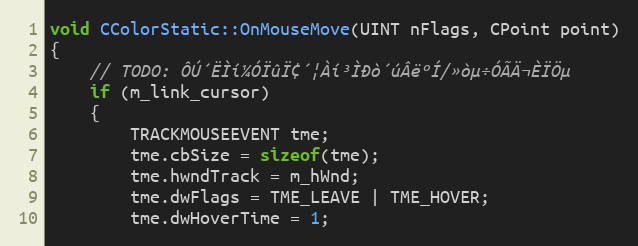
Language: C++
void CColorStatic::OnMouseMove(UINT nFlags, CPoint point)
{
	// TODO: ÔÚ´ËÌí¼ÓÏûÏ¢´¦Àí³ÌÐò´úÂëºÍ/»òµ÷ÓÃÄ¬ÈÏÖµ
	if (m_link_cursor)
	{
		TRACKMOUSEEVENT tme;
		tme.cbSize = sizeof(tme);
		tme.hwndTrack = m_hWnd;
		tme.dwFlags = TME_LEAVE | TME_HOVER;
		tme.dwHoverTime = 1;